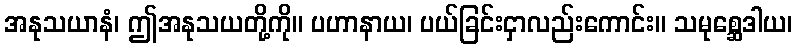
အနုသယာနံ၊ ဤအနုသယတို့ကို။ ပဟာနာယ၊ ပယ်ခြင်းငှာလည်းကောင်း။ သမုစ္ဆေဒါယ၊